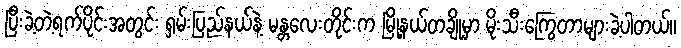
ပြီးခဲ့တဲ့ရက်ပိုင်းအတွင်း ရှမ်းပြည်နယ်နဲ့ မန္တလေးတိုင်းက မြို့နယ်တချို့မှာ မိုးသီးကြွေတာများခဲ့ပါတယ်။